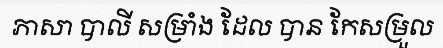
ភាសា បាលី សម្រាំង ដែល បាន កែសម្រួល